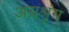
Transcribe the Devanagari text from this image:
अग्रश्रृंग